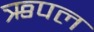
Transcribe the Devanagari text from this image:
ऋपल